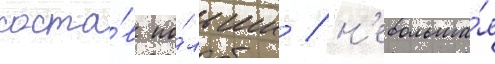
соста́в по́льши / н'ебольша́я